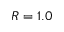
R = 1 . 0